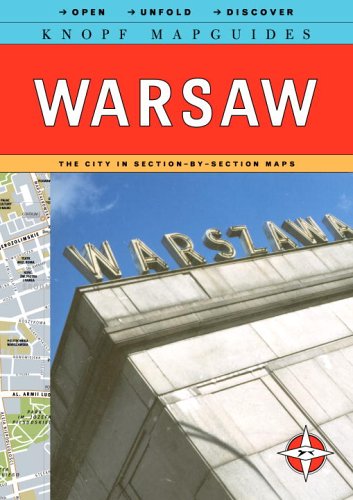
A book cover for Knopf MapGuide: Warsaw (Knopf Mapguides); Knopf Guides; Travel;